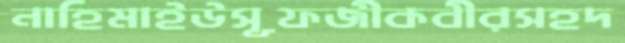
নাহিমাইউসূফজীকবীরসহদ